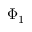
\Phi _ { 1 }